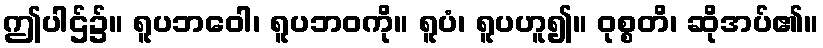
ဤပါဌ်၌။ ရူပဘဝေါ၊ ရူပဘဝကို။ ရူပံ၊ ရူပဟူ၍။ ဝုစ္စတိ၊ ဆိုအပ်၏။